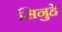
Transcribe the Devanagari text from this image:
सिनुहे